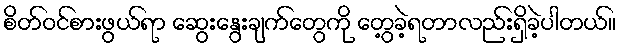
စိတ်ဝင်စားဖွယ်ရာ ဆွေးနွေးချက်တွေကို တွေ့ခဲ့ရတာလည်းရှိခဲ့ပါတယ်။